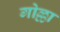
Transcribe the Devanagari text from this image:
गोल्ला